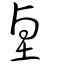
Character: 𪉖